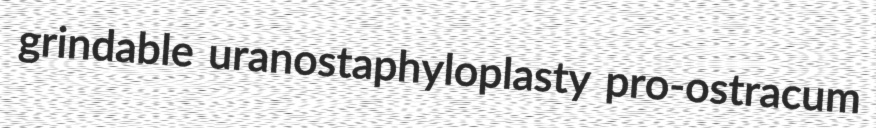
grindable uranostaphyloplasty pro-ostracum